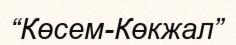
“Көсем-Көкжал”